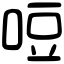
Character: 哣